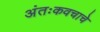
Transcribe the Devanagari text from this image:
अंतःकवचाचे